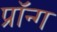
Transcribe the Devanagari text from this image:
प्रॉन्ग